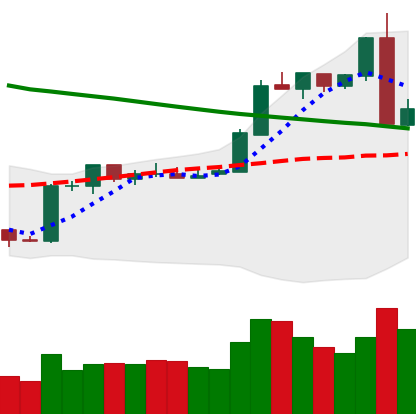
Ticker: ETH-USD
Chart end date: 2019-02-25
Forward return: -4.016%
Label: down_3_5